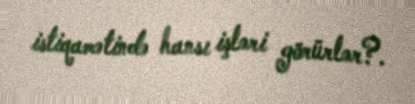
istiqamətində hansı işləri görürlər?.